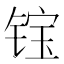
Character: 𲈉